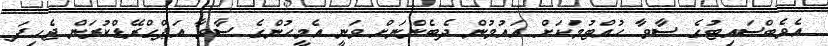
އެވެބްސައިޓުގެ ސާވާ ހުއްޓުމަކަށް އައުމުން ދެބެންނަށް ވަނީ އެމީހުންގެ ސާވާ އަޕްގްރޭޑްކުރަން ޖެހިފަ